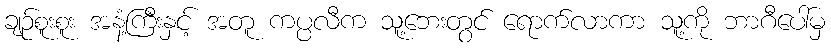
ချဉ်စူးစူး အနံ့ကြီးနှင့် အတူ ကပ္ပလီက သူ့ဘေးတွင် ရောက်လာကာ သူ့ကို ဘာဂီပေါ်မှ